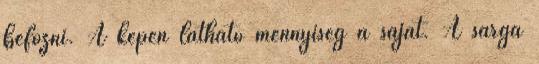
befőzni. A képen látható mennyiség a saját. A sárga